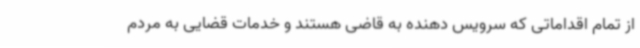
از تمام اقداماتی که سرویس دهنده به قاضی هستند و خدمات قضایی به مردم